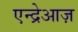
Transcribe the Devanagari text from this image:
एन्द्रेआज़